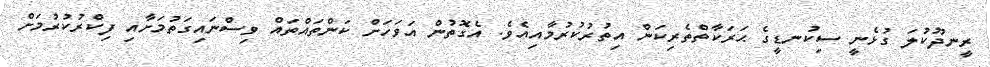
ރީނދޫކުލަ ގުޅެނީ ސިކުނޑީގެ ޙަރަކާތްތެރިކަން އިތުރުކުރުމާއިއެވެ. އެގޮތުން އަވަހަށް ކަންތައްތައް ވިސްނައިގަތުމަށާއި ފިކްރުކުރުމަށް